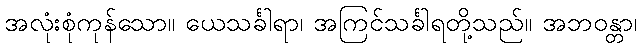
အလုံးစုံကုန်သော။ ယေသင်္ခါရာ၊ အကြင်သင်္ခါရတို့သည်။ အဘဝန္တာ၊